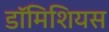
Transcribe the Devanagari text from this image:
डॉमिशियस